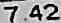
7.42